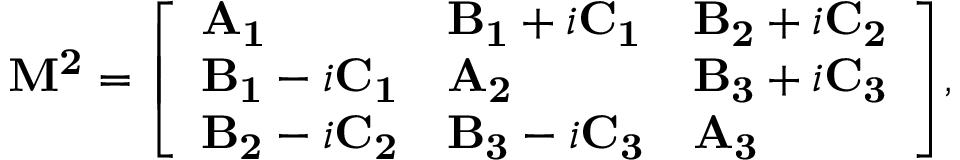
\mathbf { M ^ { 2 } } = { \left[ \begin{array} { l l l } { \mathbf { A _ { 1 } } } & { \mathbf { B _ { 1 } } + i \mathbf { C _ { 1 } } } & { \mathbf { B _ { 2 } } + i \mathbf { C _ { 2 } } } \\ { \mathbf { B _ { 1 } } - i \mathbf { C _ { 1 } } } & { \mathbf { A _ { 2 } } } & { \mathbf { B _ { 3 } } + i \mathbf { C _ { 3 } } } \\ { \mathbf { B _ { 2 } } - i \mathbf { C _ { 2 } } } & { \mathbf { B _ { 3 } } - i \mathbf { C _ { 3 } } } & { \mathbf { A _ { 3 } } } \end{array} \right] } ,